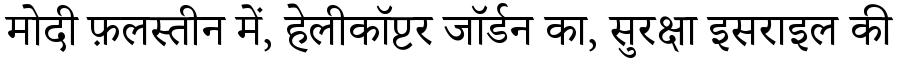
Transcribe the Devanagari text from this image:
मोदी फ़लस्तीन में, हेलीकॉप्टर जॉर्डन का, सुरक्षा इसराइल की